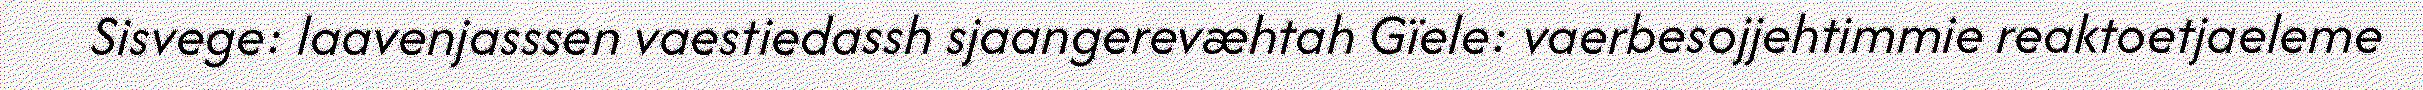
Sisvege: laavenjasssen vaestiedassh sjaangerevæhtah Gïele: vaerbesojjehtimmie reaktoetjaeleme